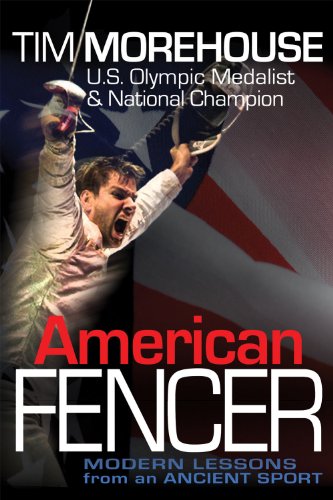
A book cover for American Fencer: Modern Lessons from an Ancient Sport; Tim Morehouse; Sports & Outdoors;